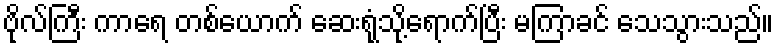
ဗိုလ်ကြီး ကာရေ တစ်ယောက် ဆေးရုံသို့ရောက်ပြီး မကြာခင် သေသွားသည်။